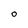
Character: O